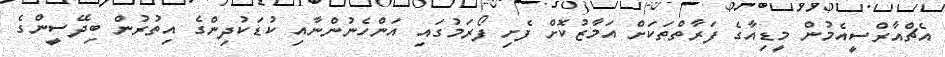
އެޗްއާރްސީއެމުން މީޑިއާގެ ފަރާތްތަކަށް އަމާޒުކޮށް ފެށި ފޯރަމުގައި އަންހެނުންނާއި ކުޑަކުދިންގެ އިތުރުން ބިދޭސީންގެ